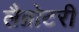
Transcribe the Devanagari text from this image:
लैब्रोटरी